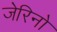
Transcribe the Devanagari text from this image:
जेरिनो